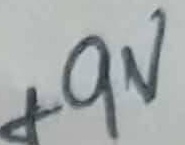
Text: +9V